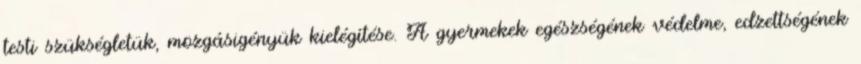
testi szükségletük, mozgásigényük kielégítése. A gyermekek egészségének védelme, edzettségének